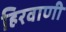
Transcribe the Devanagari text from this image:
हिरवाणी